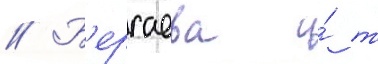
// Б'ерсаева и́ т